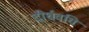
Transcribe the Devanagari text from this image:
दीर्घवधि